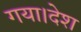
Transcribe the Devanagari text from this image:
गया।देश